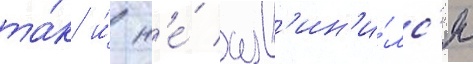
та́к и́ н'е́ изв'ин'и́лс'я